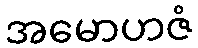
အမောဟဇံ